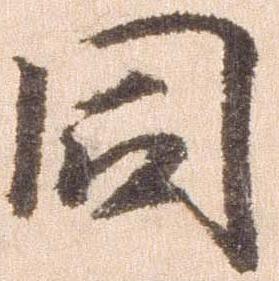
同